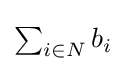
\textstyle \sum _{i\in N}b_{i}